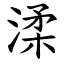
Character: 渘